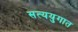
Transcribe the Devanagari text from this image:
सत्ययुगात